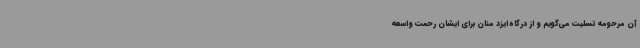
آن مرحومه تسلیت می‌گویم و از درگاه ایزد منان برای ایشان رحمت واسعه